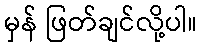
မှန် ဖြတ်ချင်လို့ပါ။